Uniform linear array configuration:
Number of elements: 32
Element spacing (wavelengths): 0.75
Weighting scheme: uniform
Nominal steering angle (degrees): -15
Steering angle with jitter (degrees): -16.912
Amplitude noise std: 0.05
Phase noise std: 0.05

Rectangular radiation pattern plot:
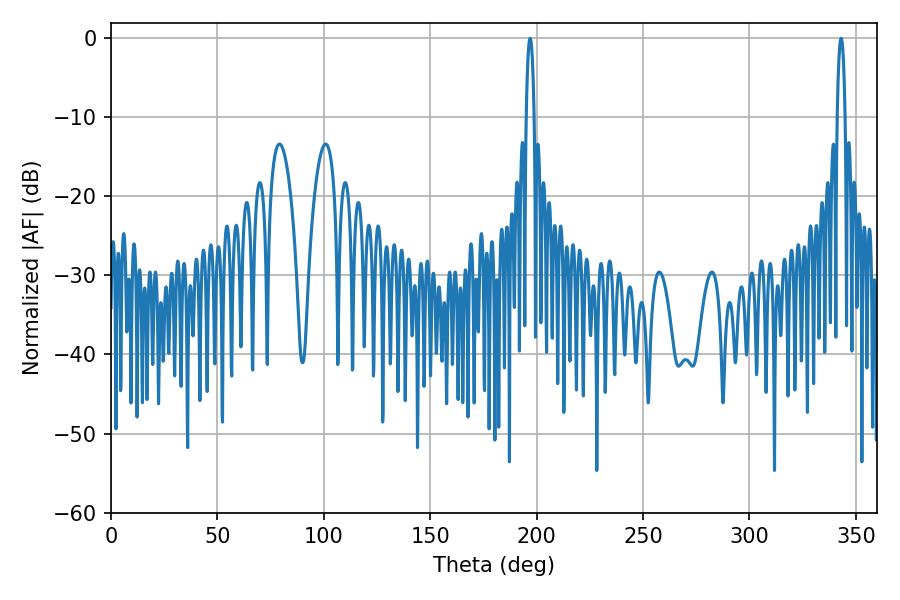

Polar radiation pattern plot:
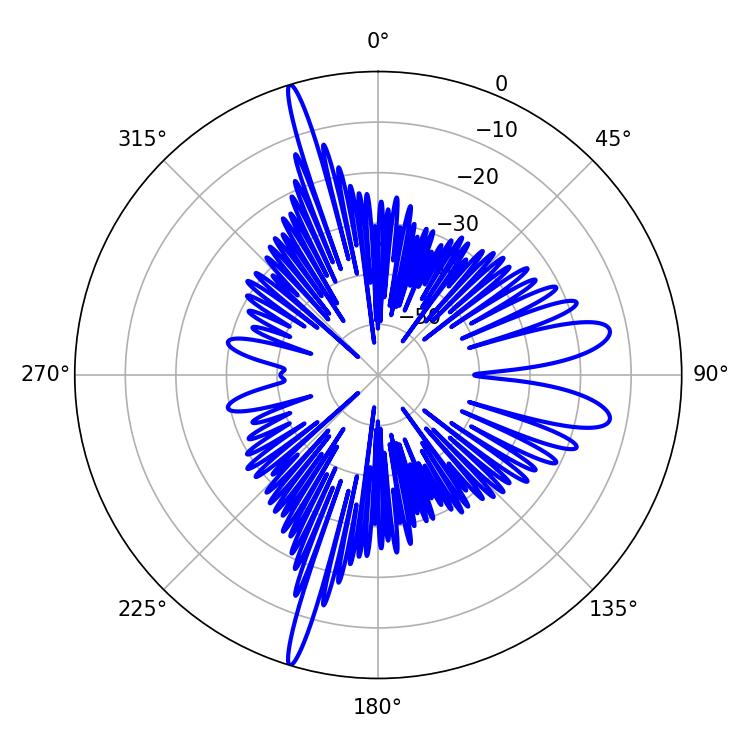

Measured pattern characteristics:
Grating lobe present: TRUE
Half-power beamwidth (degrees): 2.16
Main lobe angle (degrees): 196.92